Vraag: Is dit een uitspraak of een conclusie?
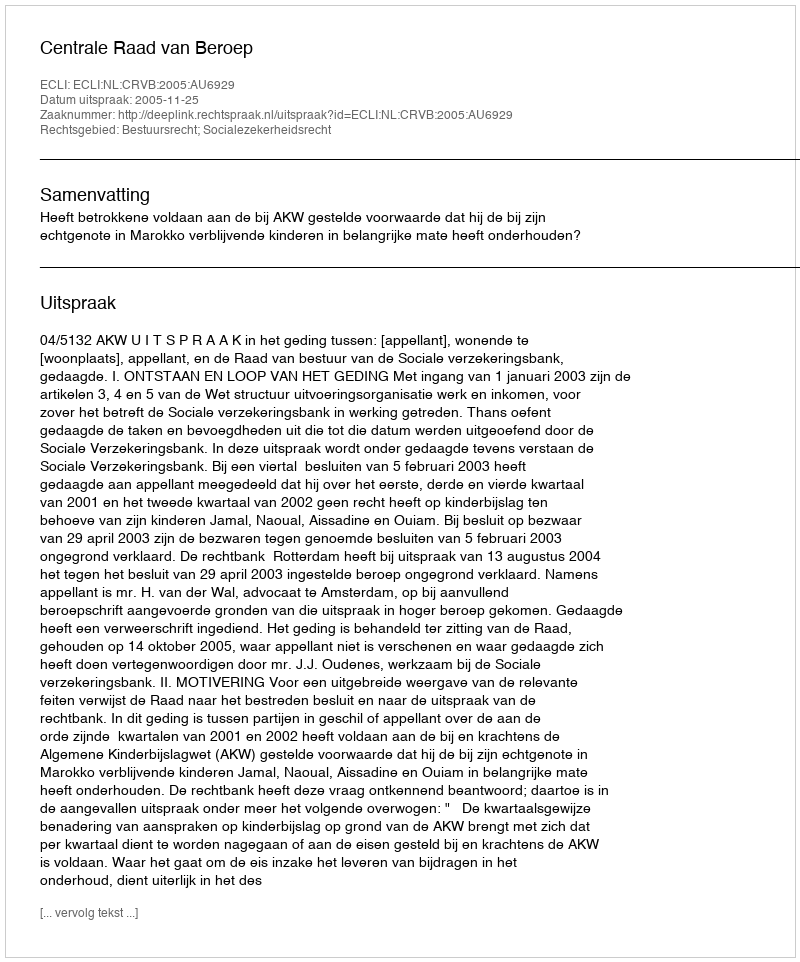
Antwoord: Uitspraak